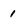
Character: 1